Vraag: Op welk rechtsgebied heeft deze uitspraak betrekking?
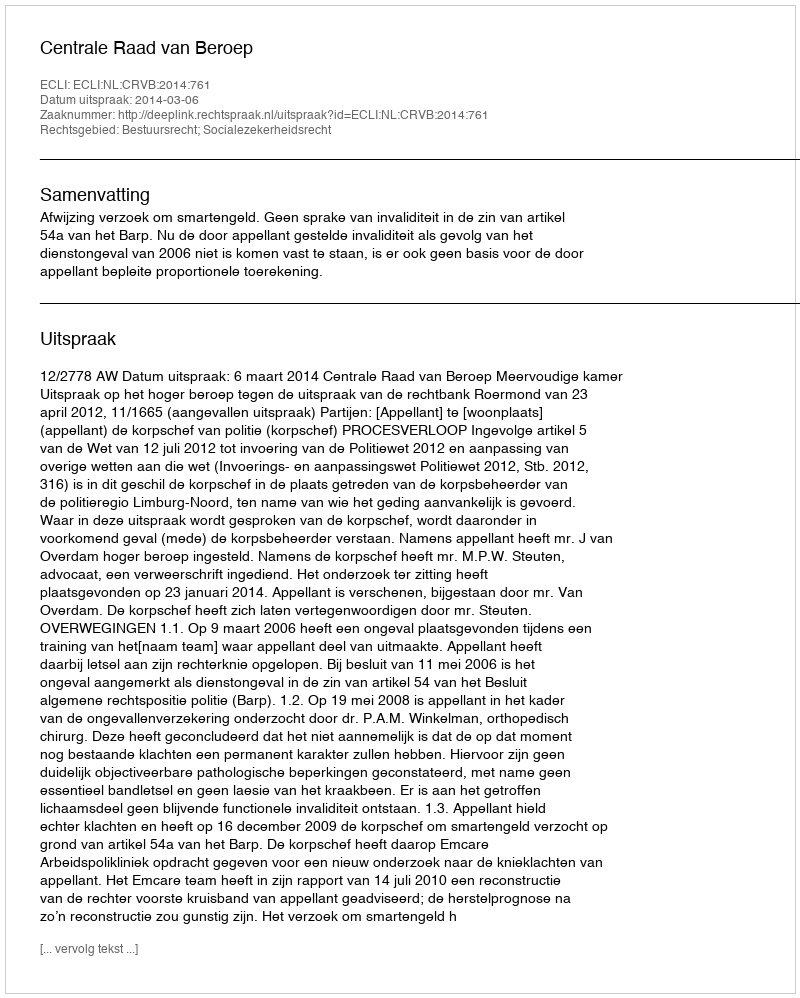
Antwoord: Bestuursrecht; Socialezekerheidsrecht